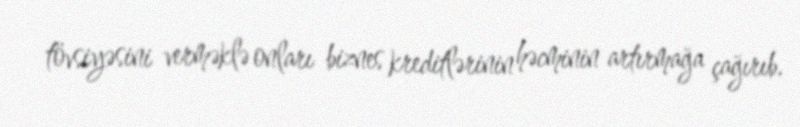
tövsiyəsini verməklə onları biznes kreditlərinin həcminin artırmağa çağırıb.